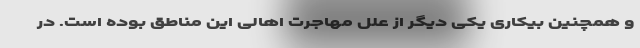
و همچنین بیکاری یکی دیگر از علل مهاجرت اهالی این مناطق بوده است. در